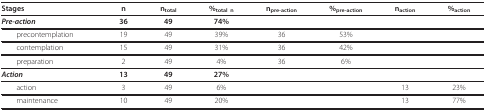
<table><thead><tr><td><b>Stages</b></td><td><b>n</b></td><td><b>n<sub>total</sub></b></td><td><b>%<sub>total n</sub></b></td><td><b>n<sub>pre-action</sub></b></td><td><b>%<sub>pre-action</sub></b></td><td><b>n<sub>action</sub></b></td><td><b>%<sub>action</sub></b></td></tr></thead><tbody><tr><td><i><b>Pre-action</b></i></td><td><b>36</b></td><td><b>49</b></td><td><b>74%</b></td><td></td><td></td><td></td><td></td></tr><tr><td> precontemplation</td><td>19</td><td>49</td><td>39%</td><td>36</td><td>53%</td><td></td><td></td></tr><tr><td> contemplation</td><td>15</td><td>49</td><td>31%</td><td>36</td><td>42%</td><td></td><td></td></tr><tr><td> preparation</td><td>2</td><td>49</td><td>4%</td><td>36</td><td>6%</td><td></td><td></td></tr><tr><td><i><b>Action </b></i></td><td><b>13</b></td><td><b>49</b></td><td><b>27%</b></td><td></td><td></td><td></td><td></td></tr><tr><td> action</td><td>3</td><td>49</td><td>6%</td><td></td><td></td><td>13</td><td>23%</td></tr><tr><td> maintenance</td><td>10</td><td>49</td><td>20%</td><td></td><td></td><td>13</td><td>77%</td></tr></tbody></table>